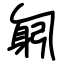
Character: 匑